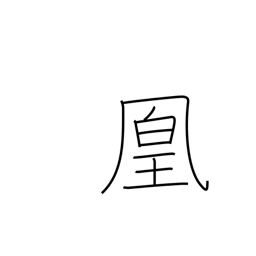
Meaning: female phoenix bird